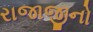
રાજાજીનો